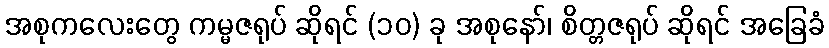
အစုကလေးတွေ ကမ္မဇရုပ် ဆိုရင် (၁၀) ခု အစုနော်၊ စိတ္တဇရုပ် ဆိုရင် အခြေခံ